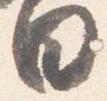
日